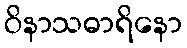
ဝိနာသဓာရိနော